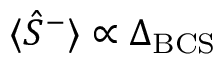
\langle \hat { S } ^ { - } \rangle \propto \Delta _ { \mathrm { B C S } }